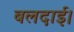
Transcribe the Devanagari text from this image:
बलदाई।